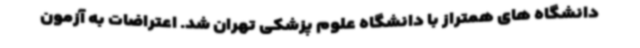
دانشگاه های همتراز با دانشگاه علوم پزشکی تهران شد. اعتراضات به آزمون